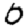
Digit: 0